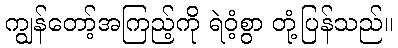
ကျွန်တော့်အကြည့်ကို ရဲဝံ့စွာ တုံ့ပြန်သည်။